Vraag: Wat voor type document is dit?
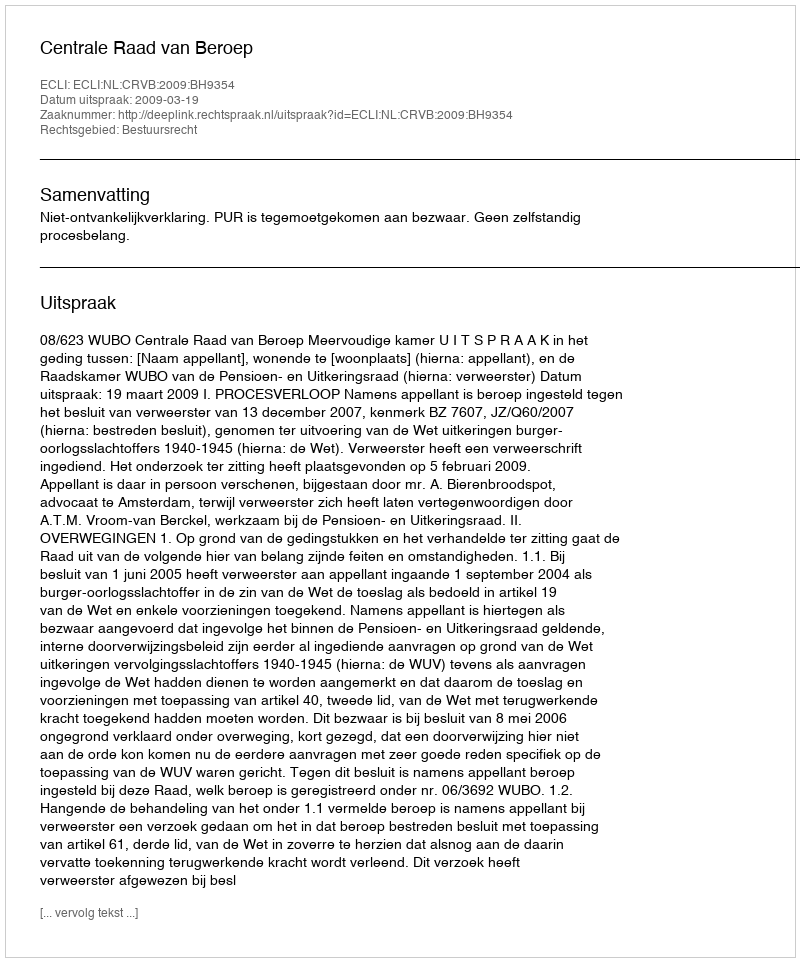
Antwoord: Uitspraak